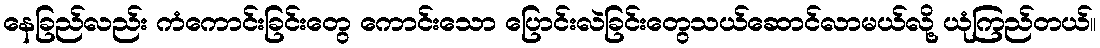
နေခြည်လည်း ကံကောင်းခြင်းတွေ ကောင်းသော ပြောင်းလဲခြင်းတွေသယ်ဆောင်လာမယ်လို့ ယုံကြည်တယ်။